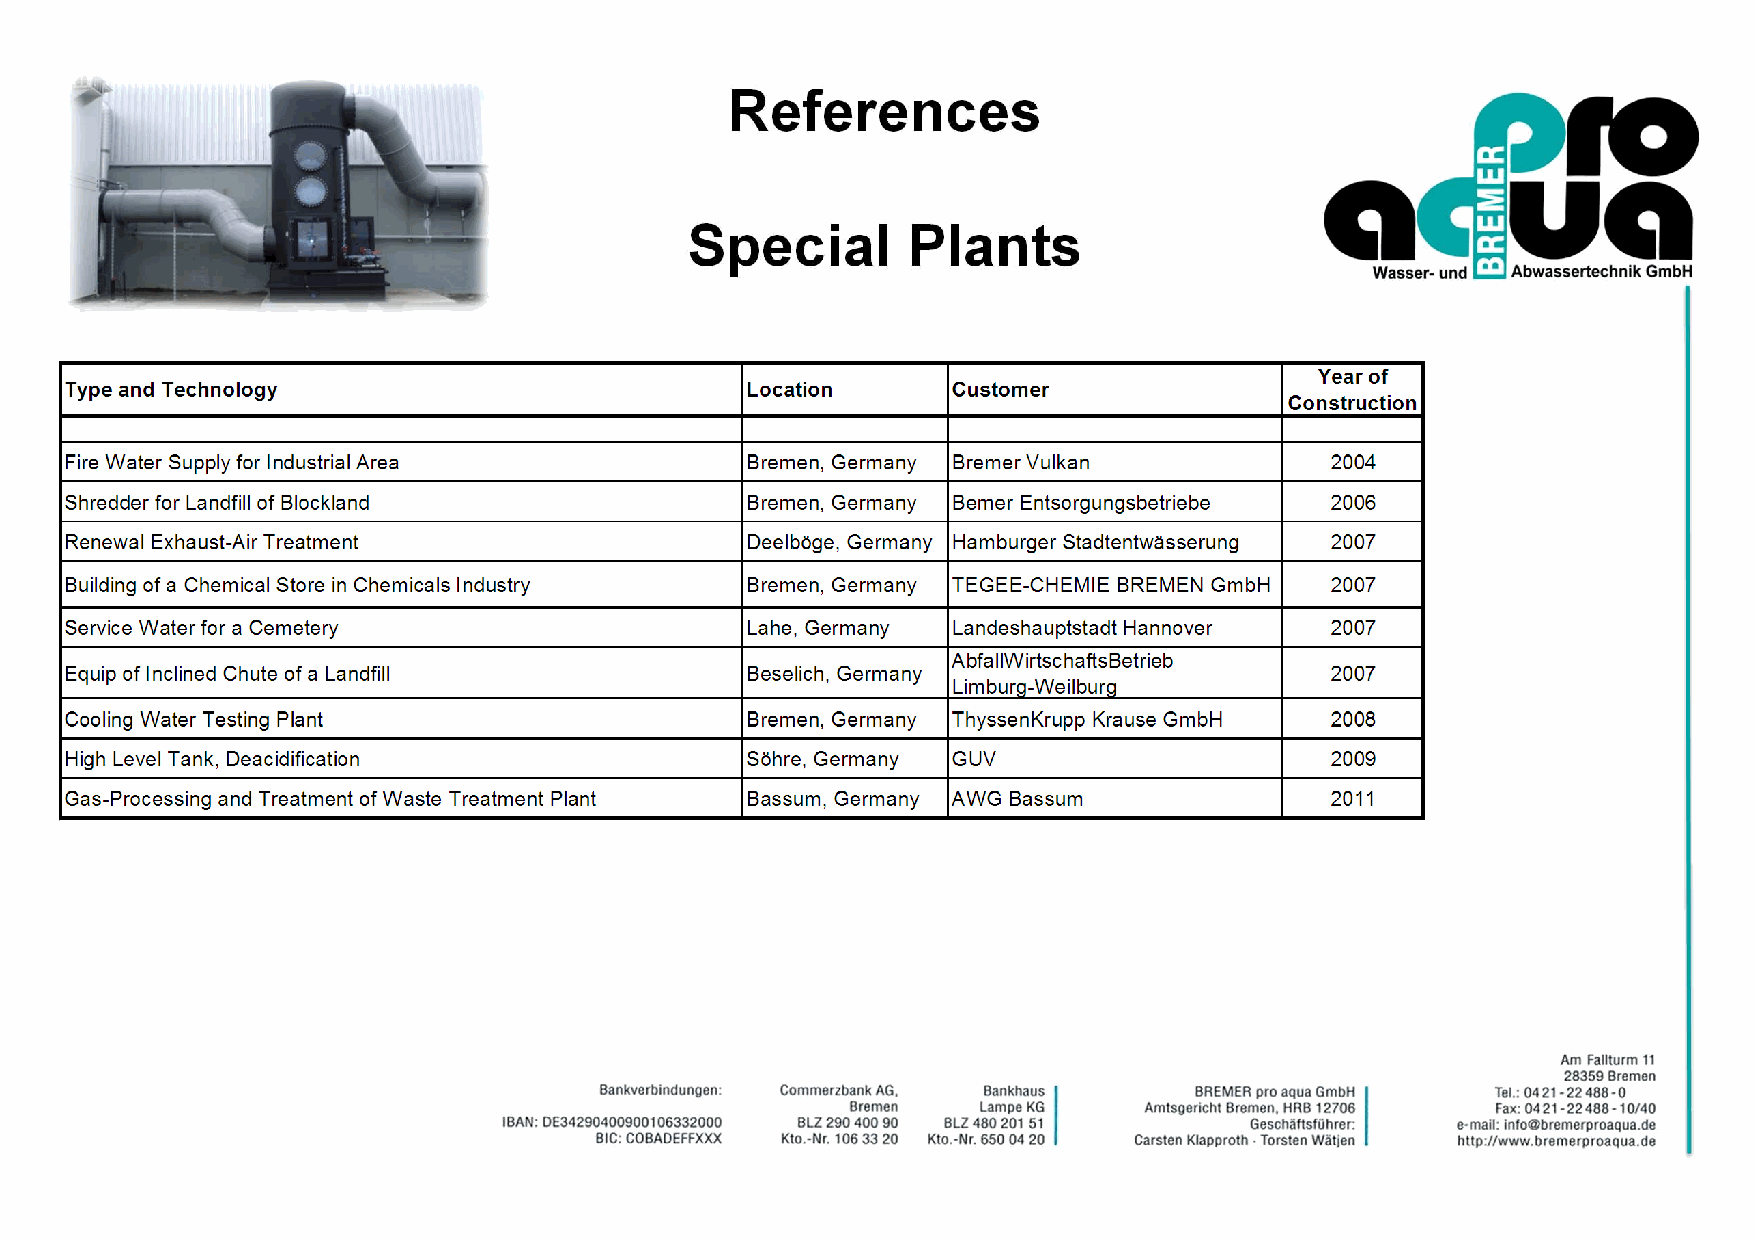
References
 Special        Plants
 Year of
 Type and Technology                          Location      Customer
 Construction
 Fire Water Supply for Industrial Area        Bremen, Germany Bremer Vulkan          2004
 Shredder for Landfill of Blockland           Bremen, Germany Bemer Entsorgungsbetriebe 2006
 Renewal Exhaust-Air Treatment                Deelböge, Germany Hamburger Stadtentwässerung 2007
 Building of a Chemical Store in Chemicals Industry Bremen, Germany TEGEE-CHEMIE BREMEN GmbH 2007
 Service Water for a Cemetery                 Lahe, Germany Landeshauptstadt Hannover 2007
 AbfallWirtschaftsBetrieb
 Equip of Inclined Chute of a Landfill        Beselich, Germany                      2007
 Limburg-Weilburg
 Cooling Water Testing Plant                  Bremen, Germany ThyssenKrupp Krause GmbH 2008
 High Level Tank, Deacidification             Söhre, Germany GUV                     2009
 Gas-Processing and Treatment of Waste Treatment Plant Bassum, Germany AWG Bassum    2011